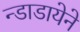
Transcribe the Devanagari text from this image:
न्डाडायेने